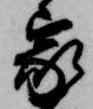
家